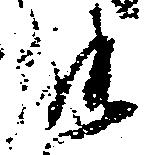
能